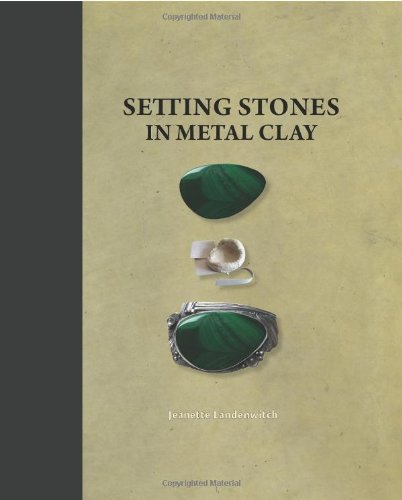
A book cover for Setting Stones in Metal Clay; Jeanette Landenwitch; Crafts, Hobbies & Home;